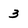
Character: 3